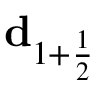
\mathbf { d } _ { 1 + \frac { 1 } { 2 } }